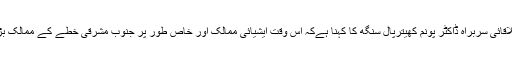
عالمی ادارہ صحت کی جنوب مشرقی ایشیا کی علاقائی سربراہ ڈاکٹر پونم کھیترپال سنگھ کا کہنا ہےکہ اس وقت ایشیائی ممالک اور خاص طور پر جنوب مشرقی خطے کے ممالک بڑھتے ہوئے کورونا کیسز کا مقابلہ کر رہے ہیں۔